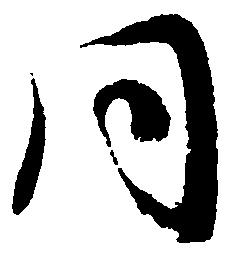
同